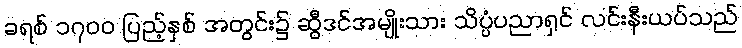
ခရစ် ၁၇၀၀ ပြည့်နှစ် အတွင်း၌ ဆွီဒင်အမျိုးသား သိပ္ပံပညာရှင် လင်းနီးယပ်သည်